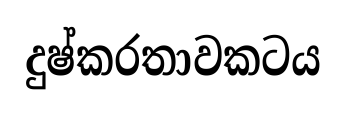
දුෂ්කරතාවකටය